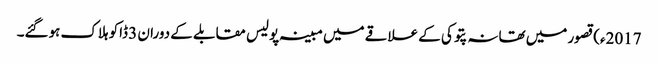
2017ء)قصور میں تھانہ پتوکی کے علاقے میں مبینہ پولیس مقابلے کے دوران 3 ڈاکو ہلاک ہوگئے۔